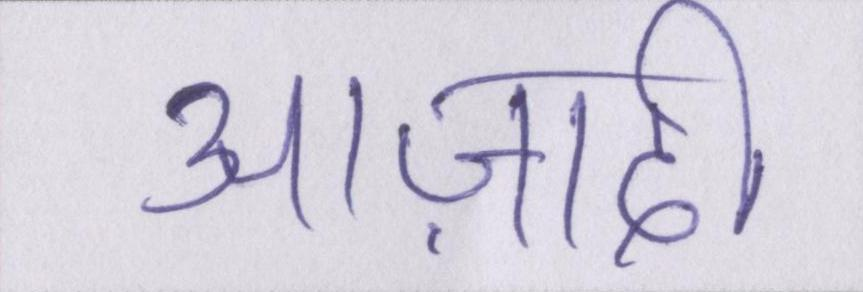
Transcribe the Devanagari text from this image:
आज़ादी